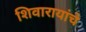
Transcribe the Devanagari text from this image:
शिवारायांचे